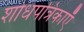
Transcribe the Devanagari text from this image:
शोधपत्रिकाएँ